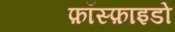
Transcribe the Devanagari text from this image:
फ़ॉस्फ़ाइडो